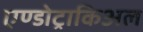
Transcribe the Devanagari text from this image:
एण्डोट्राकिअल